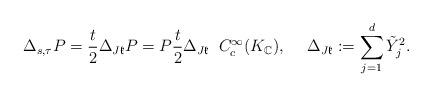
LaTeX: \begin{align*}\Delta_{s,\tau}P=\frac{t}{2}\Delta_{J\mathfrak{k}}P=P\frac{t}{2}\Delta_{J\mathfrak{k}}\;\;C_{c}^{\infty}(K_{\mathbb{C}}),\quad\;\Delta_{J\mathfrak{k}}:=\sum_{j=1}^{d}\tilde{Y}_{j}^{2}.\end{align*}